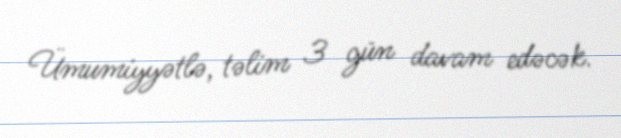
Ümumiyyətlə, təlim 3 gün davam edəcək.